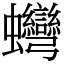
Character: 䘎